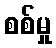
စစ်မှု